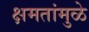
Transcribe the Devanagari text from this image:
क्षमतांमुळे